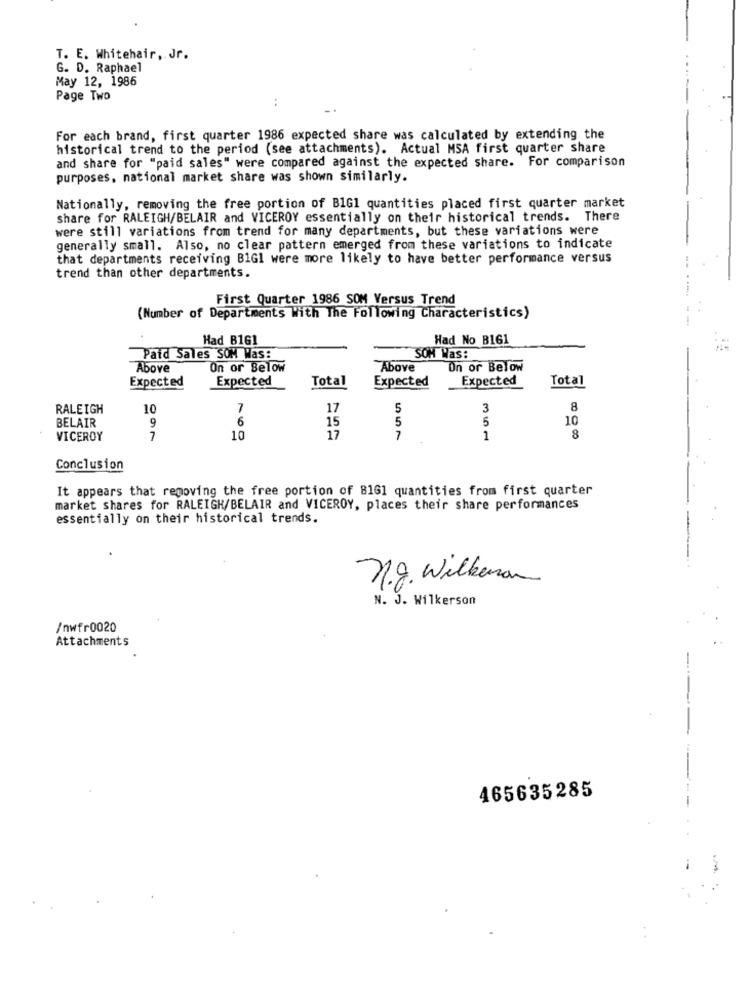
T. E. Whitehair, Jr.
G. D. Raphael
May 12, 1986
Page Two
:
For each brand, first quarter 1986 expected share was calculated by extending the
historical trend to the period (see attachments). Actual MSA first quarter share
and share for "paid sales" were compared against the expected share. For comparison
purposes, national market share was shown similarly.
Nationally, removing the free portion of BIG1 quantities placed first quarter market
share for RALEIGH/BELAIR and VICEROY essentially on their historical trends. There
were still variations from trend for many departments, but these variations were
generally small. Also, no clear pattern emerged from these variations to indicate
that departments receiving B1Gl were more likely to have better performance versus
trend than other departments.
First Quarter 1986 SOM Versus Trend
(Number of Departments With The Following Characteristics)
Had B161
Had No B161
Paid Sales SOM Was:
SOM Was:
Above
On or Below
Above
On or Below
Expected
Expected
Total
Expected
Expected
Total
RALEIGH
10
7
17
5
3
8
BELAIR
6
5
5
10
9
15
8
VICEROY
7
10
17
7
1
Conclusion
It appears that removing the free portion of 81G1 quantities from first quarter
market shares for RALEIGH/BELAIR and VICEROY, places their share performances
essentially on their historical trends.
n.g. Wilkerson
N. J. Wilkerson
/nwfr0020
Attachments
465635285
-